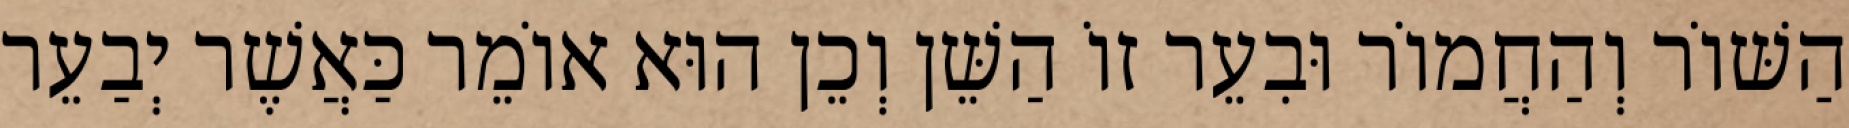
הַשּׁוֹר וְהַחֲמוֹר וּבִעֵר זוֹ הַשֵּׁן וְכֵן הוּא אוֹמֵר כַּאֲשֶׁר יְבַעֵר